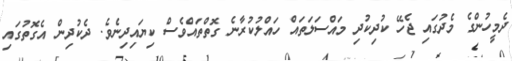
ދެމީހުންގެ މެދުގައި ޖެހޭ ކުދިކުދި މައްސަލަތައް ހައްލުކުރާނެ ގޮތްތައްވެސް ކިޔައިދިނެވެ. ދެކުދިން އެގޮތުގައި